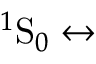
{ ^ 1 } \mathrm { S } _ { 0 } \leftrightarrow